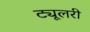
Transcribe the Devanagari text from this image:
ट्यूलरी